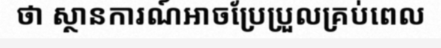
ថា ស្ថានការណ៍អាចប្រែប្រួលគ្រប់ពេល